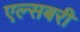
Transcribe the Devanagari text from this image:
एल्सबरी